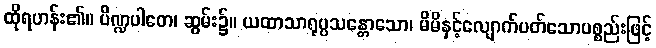
ထိုရဟန်း၏။ ပိဏ္ဍပါတေ၊ ဆွမ်း၌။ ယထာသာရုပ္ပသန္တောသော၊ မိမိနှင့်လျောက်ပတ်သောပစ္စည်းဖြင့်